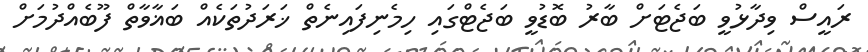
ރައީސް ވިދާޅުވީ ބަޖެޓަށް ބާރު ބޮޑުވީ ބަޖެޓްގައި ހިމެނިފައިނެތް ޚަރަދުތަކެއް ބަޣާވާތް ފޫބެއްދުމަށް